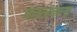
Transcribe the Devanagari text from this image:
कालकन्ठ